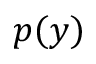
p ( y )